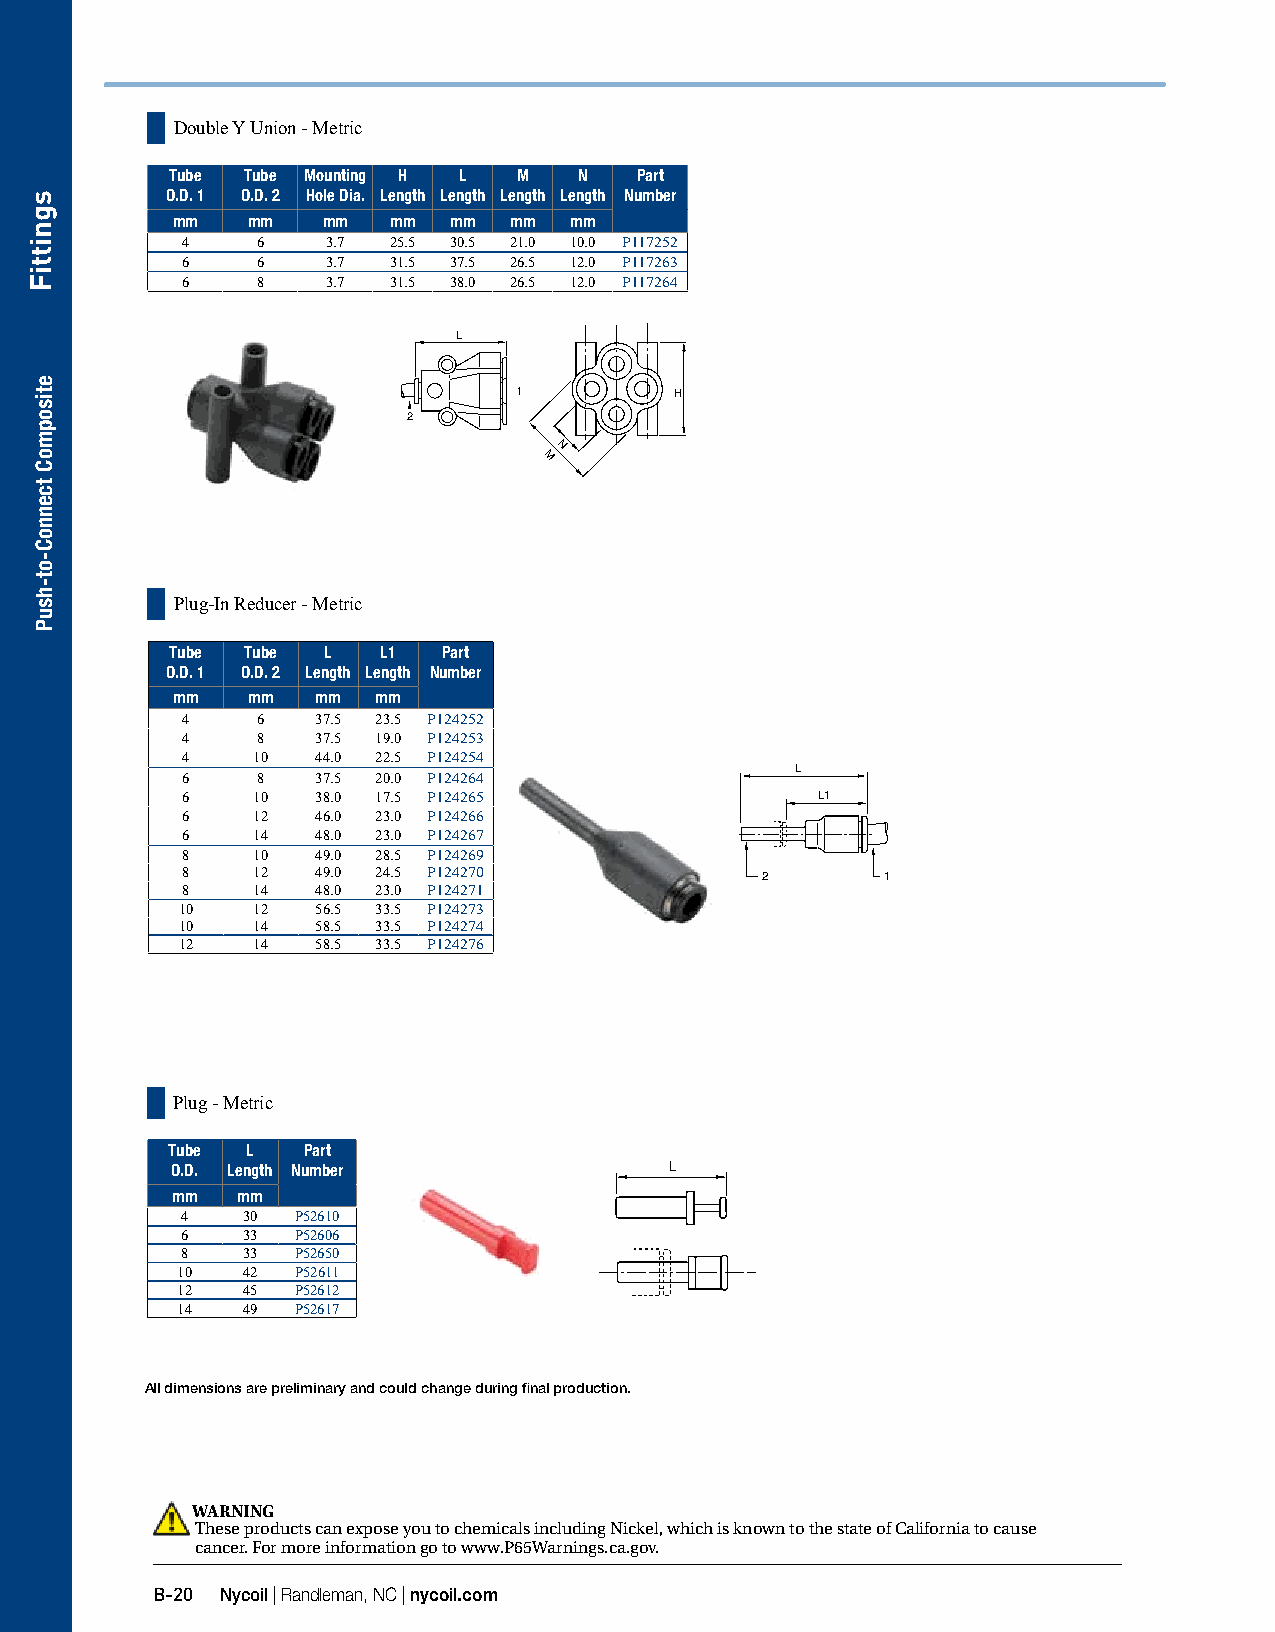
Double Y Union - Metric
 Tube Tube Mounting H L M   N   Part
 O.D. 1 O.D. 2 Hole Dia. Length Length Length Length Number
 mm   mm   mm   mm  mm  mm  mm
 4    6    3.7 25.5 30.5 21.0 10.0 P117252
 6    6    3.7 31.5 37.5 26.5 12.0 P117263
 6    8    3.7 31.5 38.0 26.5 12.0 P117264
 L
 1          H
 2
 N
 M
 Plug-In Reducer - Metric
 Tube Tube L   L1  Part
 O.D. 1 O.D. 2 Length Length Number
 mm   mm   mm  mm
 4    6   37.5 23.5 P124252
 4    8   37.5 19.0 P124253
 4    10  44.0 22.5 P124254
 L
 6    8   37.5 20.0 P124264
 6    10  38.0 17.5 P124265                L1
 6    12  46.0 23.0 P124266
 6    14  48.0 23.0 P124267
 8    10  49.0 28.5 P124269
 8    12  49.0 24.5 P124270            2        1
 8    14  48.0 23.0 P124271
 10   12  56.5 33.5 P124273
 10   14  58.5 33.5 P124274
 12   14  58.5 33.5 P124276
 Plug - Metric
 Tube L   Part
 O.D. Length Number               L
 mm   mm
 4   30  P52610
 6   33  P52606
 8   33  P52650
 10  42  P52611
 12  45  P52612
 14  49  P52617
 All dimensions are preliminary and could change during final production.
 WARNING
 These products can expose you to chemicals including Nickel, which is known to the state of California to cause
 cancer. For more information go to www.P65Warnings.ca.gov.
 B-20 Nycoil | Randleman, NC | nycoil.com
 sgnittiF
 etisopmoC
 tcennoC-ot-hsuP